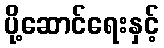
ပို့ဆောင်ရေးနှင့်